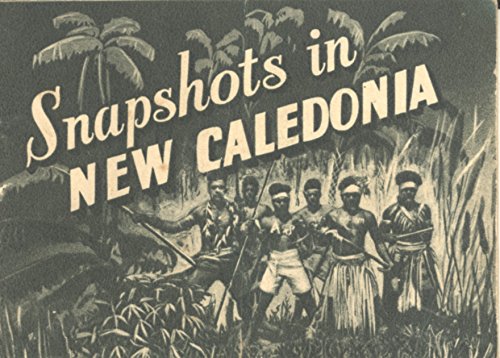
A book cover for Snapshots in New Caledonia; Anonymous; Travel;